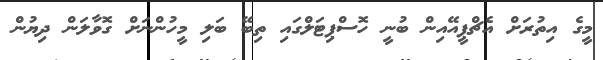
މީގެ އިތުރަށް އެޗްޕީއޭއިން ބުނީ ހޮސްޕިޓަލްގައި ތިބޭ ބަލި މީހުންނަށް ގޮވާލަން ދިޔުން